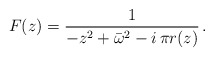
\begin{align*}F(z) =\frac{1}{- z^{2} + \bar{\omega }^{2} - i\,\pi r(z)} \,.\end{align*}